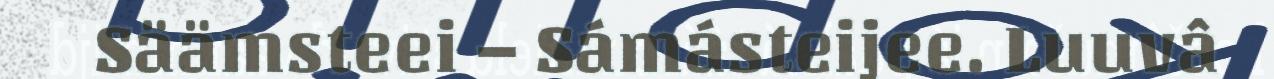
Säämsteei – Sámásteijee. Luuvâ